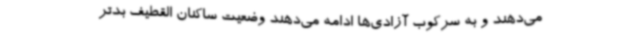
می‌دهند و به سرکوب آزادی‌ها ادامه می‌دهند وضعیت ساکنان القطیف بدتر